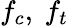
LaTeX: f_{c},\ f_{t}